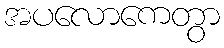
အပလောကေတွာ